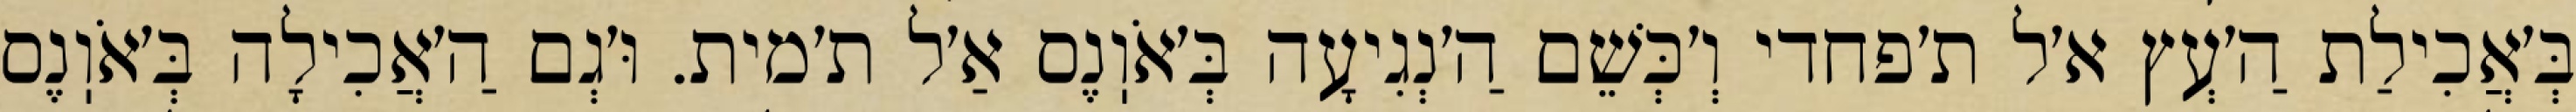
בְּ׳אֲכִילַת הַ׳עְץ א׳ל ת׳פחדי וְ׳כְּשֵׁם הַ׳נְגִיעָה בְּ׳אֹוֽנֶס אַ׳ל ת׳מית. וּ׳גְם הַ׳אֲכִילָה בְּ׳אֹוֽנֶס